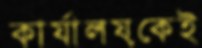
কার্যালয়কেই